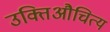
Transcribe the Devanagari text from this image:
उक्तिऔचित्य